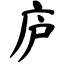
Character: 庐